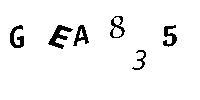
GEA835